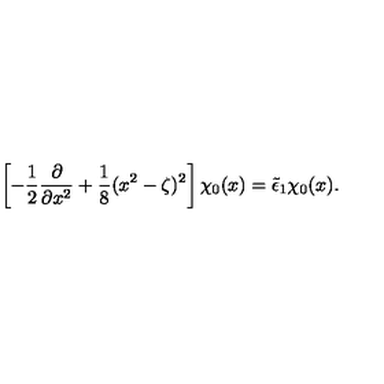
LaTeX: \left[ - \frac 1 2 \frac { \partial } { \partial x ^ { 2 } } + \frac 1 8 ( x ^ { 2 } - \zeta ) ^ { 2 } \right] \chi _ { 0 } ( x ) = \tilde { \epsilon } _ { 1 } \chi _ { 0 } ( x ) .